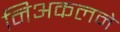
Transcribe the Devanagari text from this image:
निअकलने